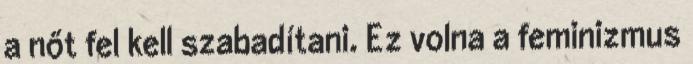
a nőt fel kell szabadítani. Ez volna a feminizmus